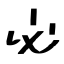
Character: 必